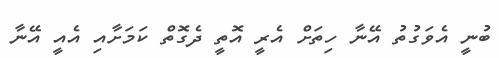
ބުނީ އެވަގުތު އޭނާ ހިތަށް އެރީ އޮތީ ދެގޮތް ކަމަށާއި އެއީ އޭނާ